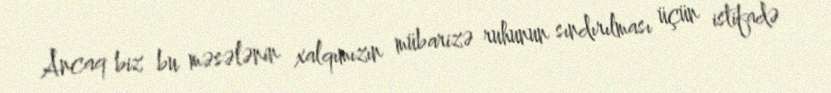
Ancaq biz bu məsələnin xalqımızın mübarizə ruhunun sındırılması üçün istifadə